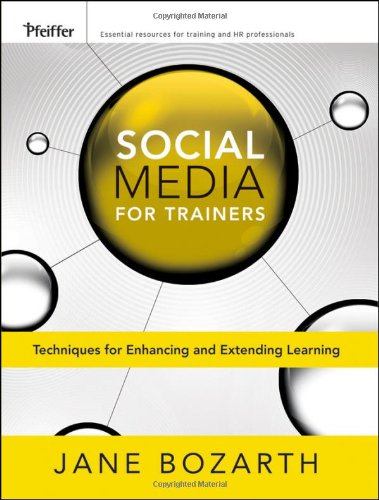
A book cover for Social Media for Trainers: Techniques for Enhancing and Extending Learning; Jane Bozarth; Computers & Technology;